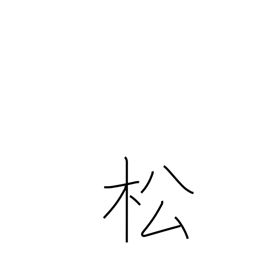
Meaning: pine tree